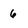
Character: 6